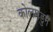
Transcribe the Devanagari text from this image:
कोलमडुन